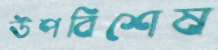
উপবিশেষ